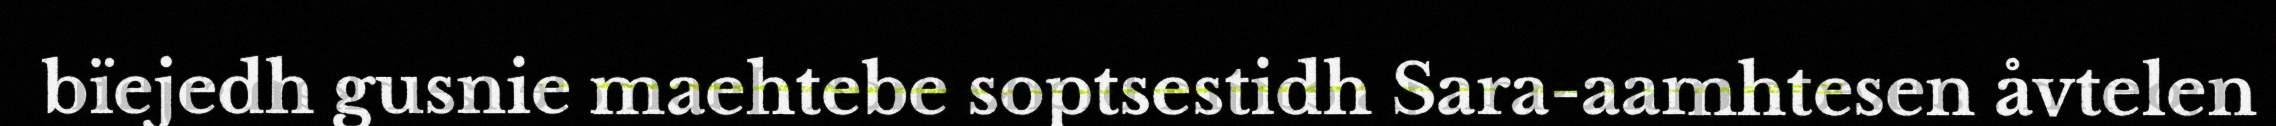
bïejedh gusnie maehtebe soptsestidh Sara-aamhtesen åvtelen